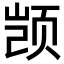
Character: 𫖮